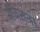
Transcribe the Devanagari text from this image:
संचतना